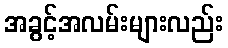
အခွင့်အလမ်းများလည်း